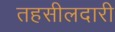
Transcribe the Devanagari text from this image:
तहसीलदारी